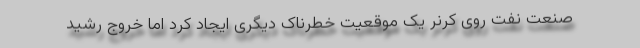
صنعت نفت روی کرنر یک موقعیت خطرناک دیگری ایجاد کرد اما خروج رشید